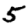
Digit: 5